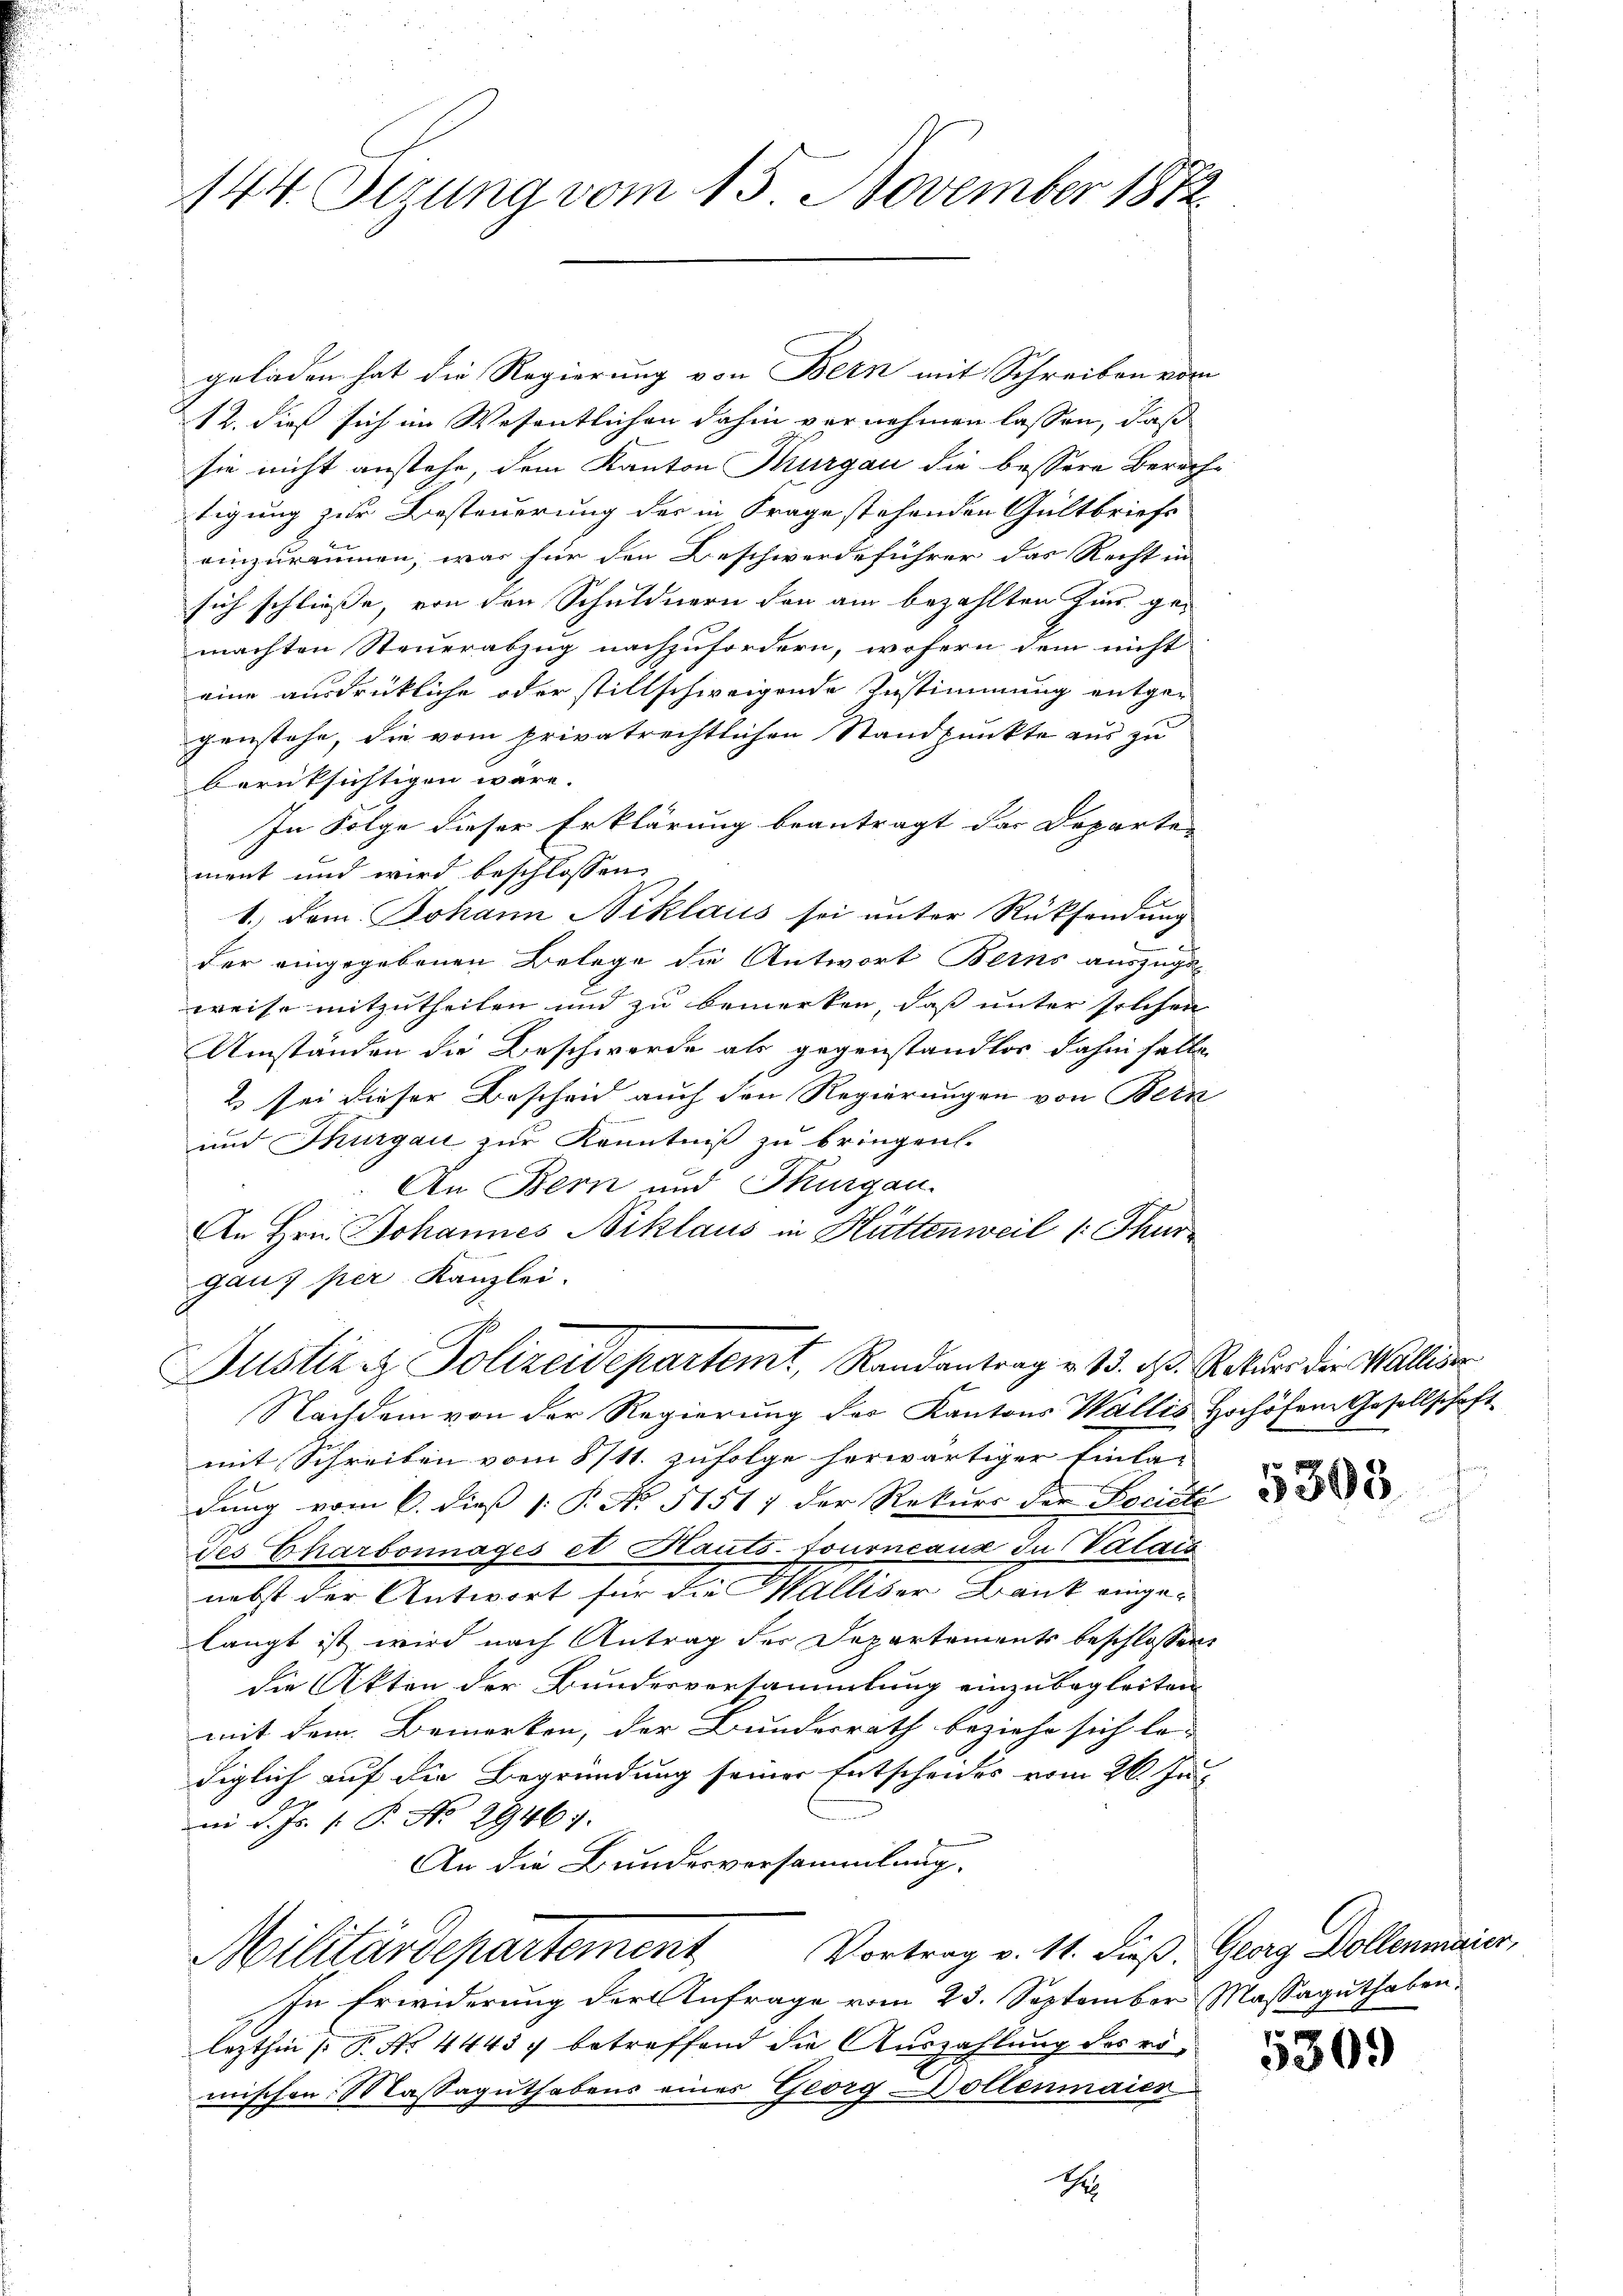
144. Situng vom 15. November 1872.

geladen hat die Regierung von Bern mit Schreiben vom
12. dieß sich im Wesentlichen dahin vernehmen lassen, daß
sie nicht anstehe, dem Kanton Thurgau die bessere Berechtigung zur Besteuerung der in Frage stehenden Gültbriefe
einzuräumen, was für den Beschwerdeführer das Recht in
sich schliesse, von den Schuldnern den am bezahlten Zins gemachten Steuerabzug nachzufordern, wofern dem nicht
eine ausdrückliche oder stillschweigende Zustimmung entgegenstehe, die vom privatrechtlichen Standpunkte aus zu
berüksichtigen wäre.
In Folge dieser Erklärung beantragt das Departe
ment und wird beschlossen:
1.) Dem Johann Niklaus sei unter Rücksendung
der eingegebenen Belege die Antwort Berns auszuge-
weise mitzutheilen und zu bemerken, daß unter solchen
Umständen die Beschwerde als gegenstandlos dahin falle
2 sei dieser Bescheid auch den Regierungen von Bern
und Thurgau zur Kenntniß zu bringen.
An Bern und Thurgau.
An Hrn. Johannes Niklaus in Hüttenweil (: Thur
gaus per Kanzlei.

Justiz- & Polizeidepartemt, Randantrag v. 13. ds. Rekurs die Walliser

Nachdem von der Regierung der Kantons Wallis Hochöfen Gesellschaft
mit Schreiben vom 8/11. zufolge herwärtiger Einla-
dung vom 6. dieß s: P. No. 51517 der Rekŭrs der Société
des Charbonnages et Rauts-fourneaux du Valais
nebst der Antwort für die Walliser Bank eingelangt ist wird nach Antrag der Departements beschlossen,
die Akten der Bunderversammlung einzubegleiten
mit dem Bemerken, der Bundesrath beziehe sich le-
diglich auf die Begründung seiner Entscheides vom 26. Ju
i d. Js. (: P. No 2946.
An die Bundesversammlung.
Militärdepartement Vortrag v. 11. dieß. Georg Kollenmeier,
In Erwiderung der Anfrage vom 23. September Massaguthaben,
lezthin (T. No. 4443, betreffend die Auszahlung des romischen. Massaguthabens eines Georg Dollenmaier
1

5303

530.